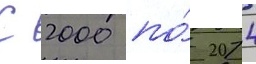
С 2000 по́ 2014